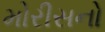
મોરીસનો